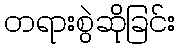
တရားစွဲဆိုခြင်း